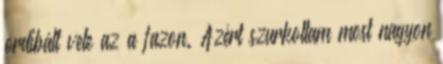
ordibált vele az a fazon. Azért szurkoltam most nagyon